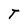
Character: T